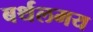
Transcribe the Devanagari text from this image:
बर्थलमय